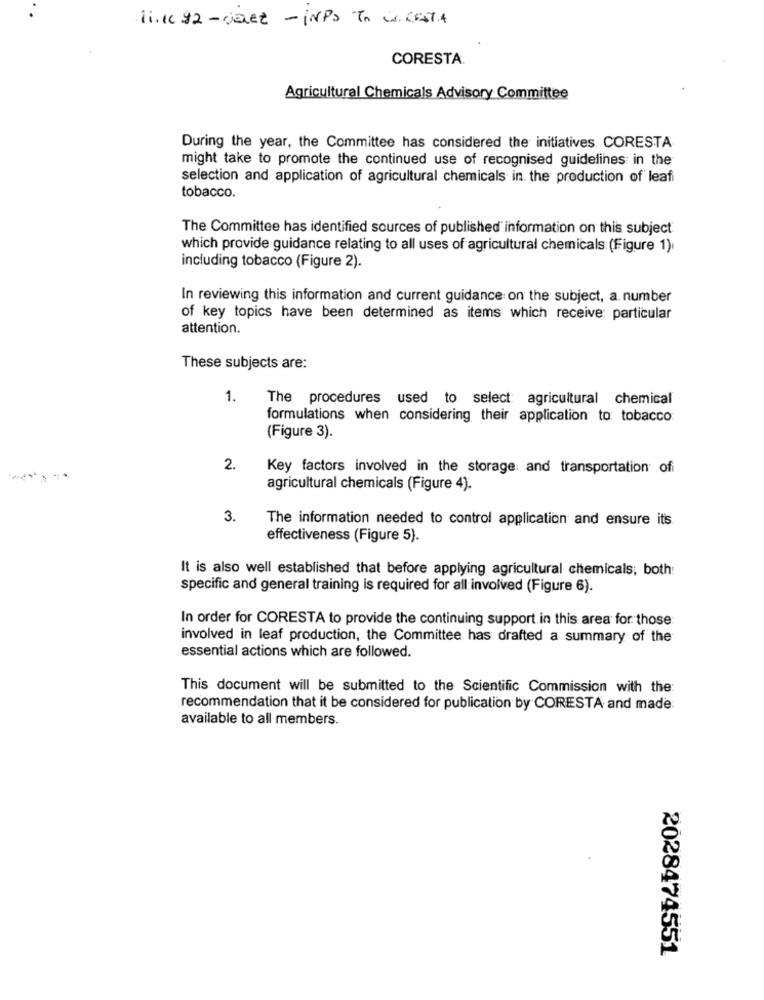
li.192 -caet - INPS In is CESTA
CORESTA.
Agricultural Chemicals Advisory Committee
During the year, the Committee has considered the initiatives CORESTA
might take to promote the continued use of recognised guidelines in the
selection and application of agricultural chemicals in. the production of leafi
tobacco.
The Committee has identified sources of published information on this subject
which provide guidance relating to all uses of agricultural chemicals: (Figure 1).
including tobacco (Figure 2).
In reviewing this information and current guidance on the subject, a. number
of key topics have been determined as items which receive particular
attention.
These subjects are:
1.
The procedures used to select: agricultural chemical
formulations when considering their application to tobacco
(Figure 3).
2.
Key factors involved in the storage and transportation ofi
agricultural chemicals (Figure 4).
3.
The information needed to control application and ensure it's.
effectiveness (Figure 5).
It is also well established that before applying agricultural chemicals; both:
specific and general training is required for all involved (Figure 6).
In order for CORESTA to provide the continuing support in this area for those
involved in leaf production, the Committee has drafted a summary of the
essential actions which are followed.
This document will be submitted to the Scientific Commission with the:
recommendation that it be considered for publication by CORESTA and made
available to all members.
2028474551